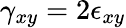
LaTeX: \gamma_{xy}=2\epsilon_{xy}